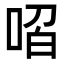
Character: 𭈋